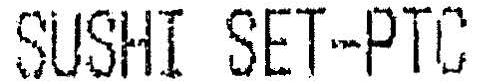
SUSHI SET-PTC